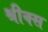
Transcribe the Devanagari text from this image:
श्रीक्स